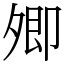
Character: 𡖖